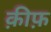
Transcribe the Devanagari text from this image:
क़ीफ़